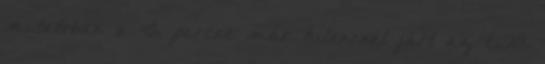
mutatóban a 45. percre már kilencnél járt az ETO.